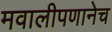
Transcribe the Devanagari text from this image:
मवालीपणानेच